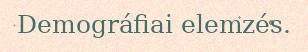
Demográfiai elemzés.